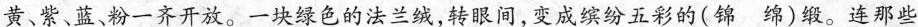
黄、紫、蓝、粉一齐开放。一块绿色的法兰绒，转眼间，变成缤纷五彩的(锦绵)缎。连那些